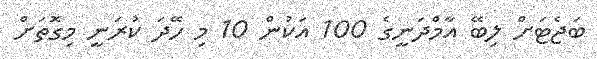
ބަޖެޓަށް ލިބޭ އާމްދަނީގެ 100 އަކުން 10 މި ހޭދަ ކުރަނީ މިގޮތަށް